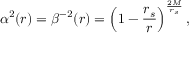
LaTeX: \alpha ^ { 2 } ( r ) = \beta ^ { - 2 } ( r ) = \left( 1 - { \frac { r _ { s } } { r } } \right) ^ { \frac { 2 M } { r _ { s } } } ,